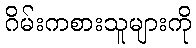
ဂိမ်းကစားသူများကို